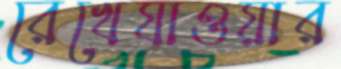
রেখেযাওয়ার